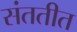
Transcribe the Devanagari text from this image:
संततीत